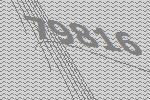
79816